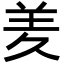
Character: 羑